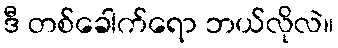
ဒီ တစ်ခေါက်ရော ဘယ်လိုလဲ။